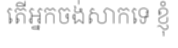
តើអ្នកចង់សាកទេ ខ្ញុំ